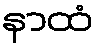
နာထံ